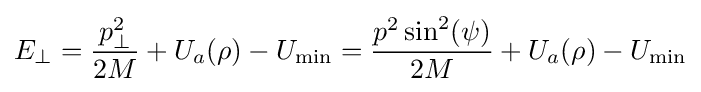
E_{\perp }={\frac {p_{\perp }^{2}}{2M}}+U_{a}(\rho )-U_{\rm {min}}={\frac {p^{2}\sin ^{2}(\psi )}{2M}}+U_{a}(\rho )-U_{\rm {min}}